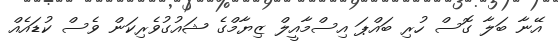
އޭނާ ބަލާ ގޮސް ހުރި ބައްޕަ އިސްމާއީލް ޒިޔާމްގެ ޝައުގުވެރިކަން ވެސް ކުޑައެއް